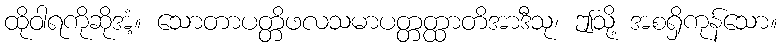
ထိုဝါရကိုဆိုအံ့။ သောတာပတ္တိဖလသမာပတ္တတ္ထာတိအာဒီသု၊ ဤသို့ အစရှိကုန်သော။